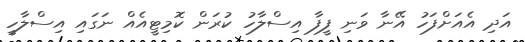
އަދި އެއަށްފަހު އޭނާ ވަނި ފީފާ އިސްލާހު ކުރަން ކޮމިޓީއެއް ނަގައި އިސްލާހީ